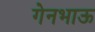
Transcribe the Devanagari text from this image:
गेनभाऊ